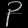
Digit: ၃